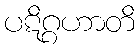
ပဋိဂ္ဂဟာတိ